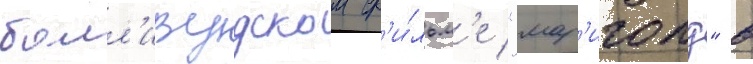
болл'ивудском ф'и́льм'е "мар'иголд" в